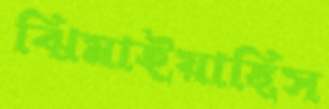
ঝিমাইয়াছিস